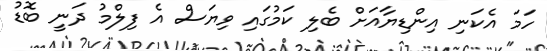
ހަމަ އެކަނި އިންޑިޔާއަށް ބެލި ކަމުގައި ވިޔަސް އެ ފިލްމު ދަނީ ބޮޑު